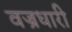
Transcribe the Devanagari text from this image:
वज्रधारी